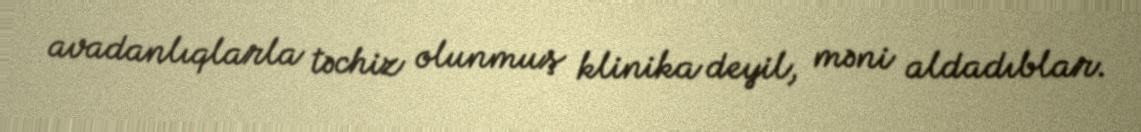
avadanlıqlarla təchiz olunmuş klinika deyil, məni aldadıblar.